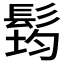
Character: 𲌜